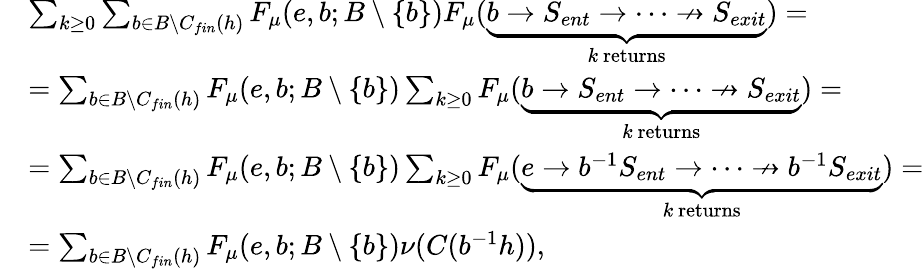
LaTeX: \begin{array}{rl}&{\sum_{k\ge 0}\sum_{b\in B\setminus C_{fin}(h)}F_{\mu}(e,b;B\setminus\{ b\} )F_{\mu}(\underbrace{b\rightarrow S_{ent}\rightarrow\dots\nrightarrow S_{exit}}_{k\mathrm{~returns}})=}\\ &{=\sum_{b\in B\setminus C_{fin}(h)}F_{\mu}(e,b;B\setminus\{ b\} )\sum_{k\ge 0}F_{\mu}(\underbrace{b\rightarrow S_{ent}\rightarrow\dots\nrightarrow S_{exit}}_{k\mathrm{~returns}})=}\\ &{=\sum_{b\in B\setminus C_{fin}(h)}F_{\mu}(e,b;B\setminus\{ b\} )\sum_{k\ge 0}F_{\mu}(\underbrace{e\rightarrow b^{-1}S_{ent}\rightarrow\dots\nrightarrow b^{-1}S_{exit}}_{k\mathrm{~returns}})=}\\ &{=\sum_{b\in B\setminus C_{fin}(h)}F_{\mu}(e,b;B\setminus\{ b\} )\nu(C(b^{-1}h)),}\end{array}